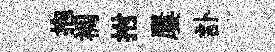
抱裯拊屢訃